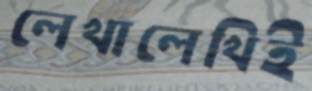
লেখালেখিই